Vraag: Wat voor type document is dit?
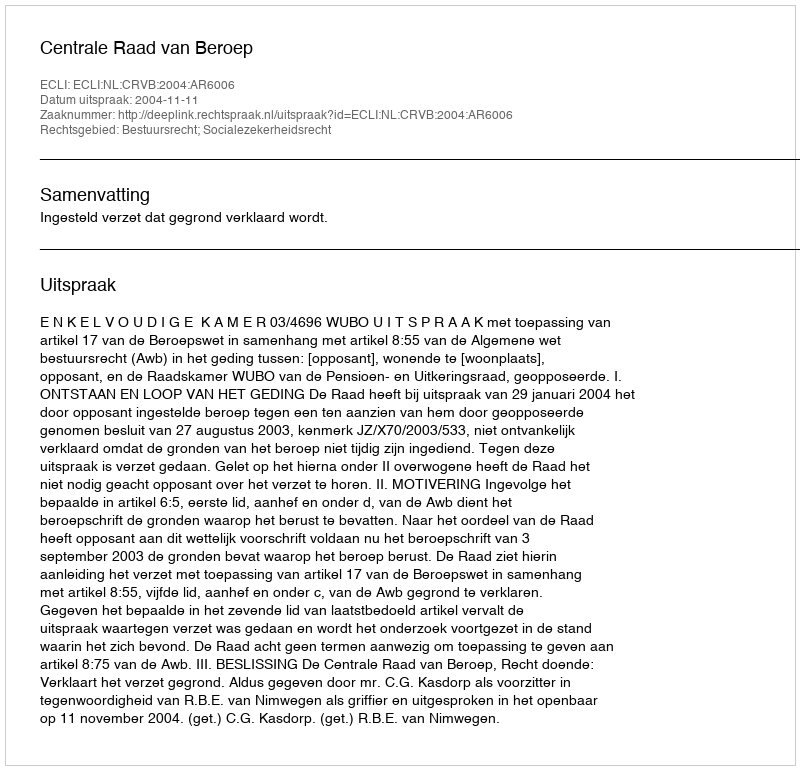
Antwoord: Uitspraak